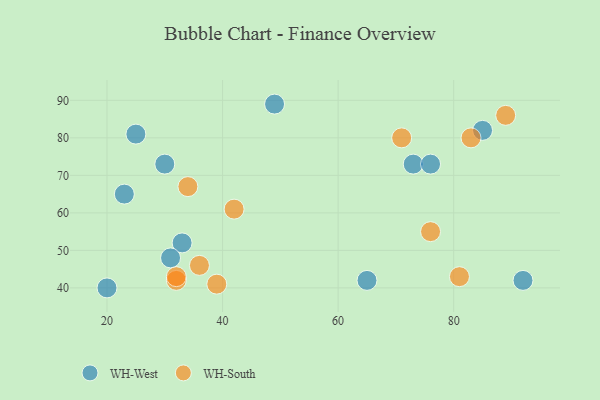
{"axis": {"x": "GDP", "y": "Life Expectancy"}, "legend": ["WH-South", "WH-West"], "data": [{"x": "23", "y": 65, "type": "WH-West"}, {"x": "33", "y": 52, "type": "WH-West"}, {"x": "49", "y": 89, "type": "WH-West"}, {"x": "25", "y": 81, "type": "WH-West"}, {"x": "31", "y": 48, "type": "WH-West"}, {"x": "85", "y": 82, "type": "WH-West"}, {"x": "20", "y": 40, "type": "WH-West"}, {"x": "92", "y": 42, "type": "WH-West"}, {"x": "65", "y": 42, "type": "WH-West"}, {"x": "30", "y": 73, "type": "WH-West"}, {"x": "73", "y": 73, "type": "WH-West"}, {"x": "76", "y": 73, "type": "WH-West"}, {"x": "83", "y": 80, "type": "WH-South"}, {"x": "89", "y": 86, "type": "WH-South"}, {"x": "39", "y": 41, "type": "WH-South"}, {"x": "71", "y": 80, "type": "WH-South"}, {"x": "36", "y": 46, "type": "WH-South"}, {"x": "76", "y": 55, "type": "WH-South"}, {"x": "81", "y": 43, "type": "WH-South"}, {"x": "32", "y": 42, "type": "WH-South"}, {"x": "42", "y": 61, "type": "WH-South"}, {"x": "34", "y": 67, "type": "WH-South"}, {"x": "32", "y": 43, "type": "WH-South"}]}